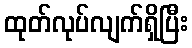
ထုတ်လုပ်လျက်ရှိပြီး